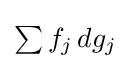
\textstyle \sum f_{j}\,dg_{j}